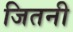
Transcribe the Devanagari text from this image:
जितनी